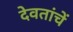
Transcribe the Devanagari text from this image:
देवतांचें